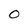
Character: 0